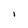
Character: i